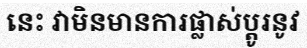
នេះ វាមិនមានការផ្លាស់ប្តូរនូវ